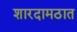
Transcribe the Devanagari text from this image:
शारदामठात